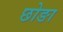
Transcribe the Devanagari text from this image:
छोङा